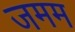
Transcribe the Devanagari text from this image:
जमम